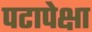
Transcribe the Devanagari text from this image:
पटापेक्षा